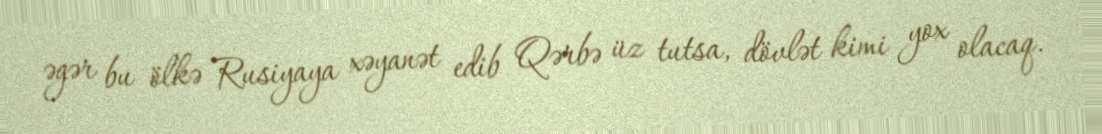
əgər bu ölkə Rusiyaya xəyanət edib Qərbə üz tutsa, dövlət kimi yox olacaq.